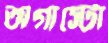
অগাস্টো